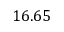
1 6 . 6 5